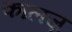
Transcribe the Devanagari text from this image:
कालज़